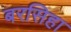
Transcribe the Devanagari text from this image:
बरसिहा